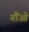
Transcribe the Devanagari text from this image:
गौंओ